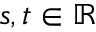
s , t \in \ensuremath { \mathbb { R } }